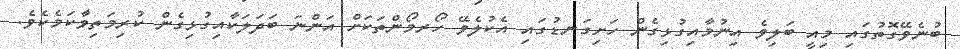
ބުނެވޭގޮތުގައި މިއީ ބަލިވެ އިނުމާއިގުޅިގެން ހަށިގަނޑުގައި އެކުލެވޭ ހޯރމޯންތަކަށް އަންނަ ބަދަލަކާއިގުޅިގެން ކުރިމަތިވާކަމެކެވެ.